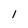
Character: 1